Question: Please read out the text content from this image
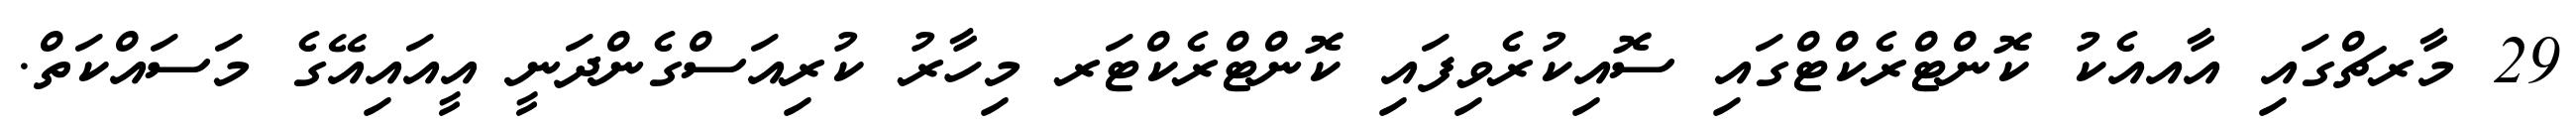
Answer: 29 މާރޗްގައި އާއއެކު ކޮންޓްރެކްޓްގައި ސޮއިކުރެވިފައި ކޮންޓްރެކްޓަރ މިހާރު ކުރިއަސްގެންދަނީ އީއައިއޭގެ މަސައްކަތް.